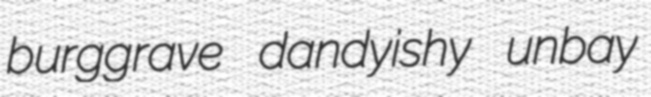
burggrave dandyishy unbay